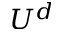
U ^ { d }